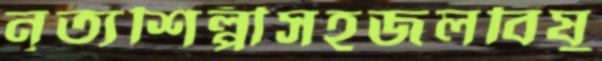
নৃত্যশিল্পীসহজলবিষু